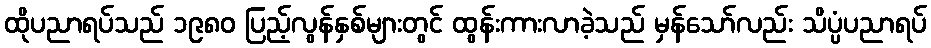
ထိုပညာရပ်သည် ၁၉၈၀ ပြည့်လွန်နှစ်များတွင် ထွန်းကားလာခဲ့သည် မှန်သော်လည်း သိပ္ပံပညာရပ်